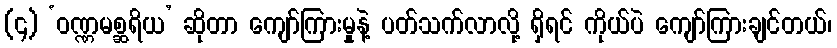
(၄) ‘ဝဏ္ဏမစ္ဆရိယ’ ဆိုတာ ကျော်ကြားမှုနဲ့ ပတ်သက်လာလို့ ရှိရင် ကိုယ်ပဲ ကျော်ကြားချင်တယ်၊